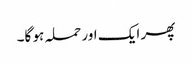
پھر ایک اور حملہ ہو گا۔